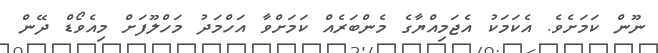
ނޫން ކަމަށެވެ. އެކަމަކު އެޖަމިއްޔާގެ މެންބަރެއް ކަމަށްވާ އަހްމަދު މަހްލޫފަށް މިއެވޯޑް ދޭން